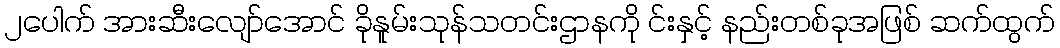
၂ပေါက် အားဆီးလျော်အောင် ခိုနူမ်းသုန်သတင်းဌာနကို င်းနှင့် နည်းတစ်ခုအဖြစ် ဆက်ထွက်